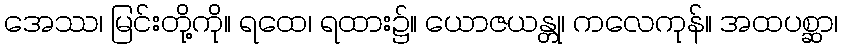
အေဿ၊ မြင်းတို့ကို။ ရထေ၊ ရထား၌။ ယောဇယန္တု၊ ကလေကုန်။ အထပစ္ဆာ၊